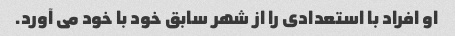
او افراد با استعدادی را از شهر سابق خود با خود می آورد.